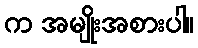
က အမျိုးအစားပါ။